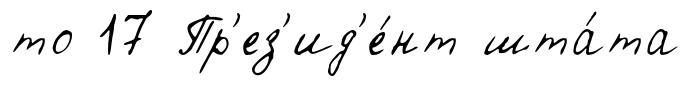
то 17 Пр'ез'ид'е́нт шта́та